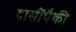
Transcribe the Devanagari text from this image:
दासींपैकी